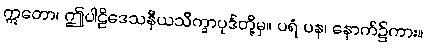
ဣတော၊ ဤပါဠိဒေသနီယသိက္ခာပုဒ်တို့မှ။ ပရံ ပန၊ နောက်၌ကား။